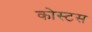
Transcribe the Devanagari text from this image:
कोस्टस